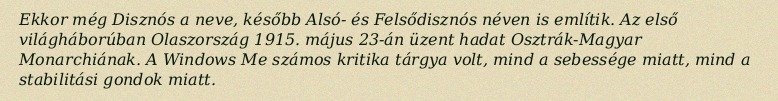
Ekkor még Disznós a neve, később Alsó- és Felsődisznós néven is említik. Az első világháborúban Olaszország 1915. május 23-án üzent hadat Osztrák-Magyar Monarchiának. A Windows Me számos kritika tárgya volt, mind a sebessége miatt, mind a stabilitási gondok miatt.